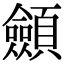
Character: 顩